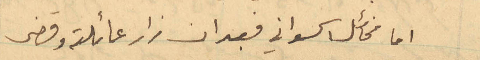
اما مخائل الحسواني فبعد ان زار عائلته وقضى